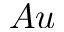
A u